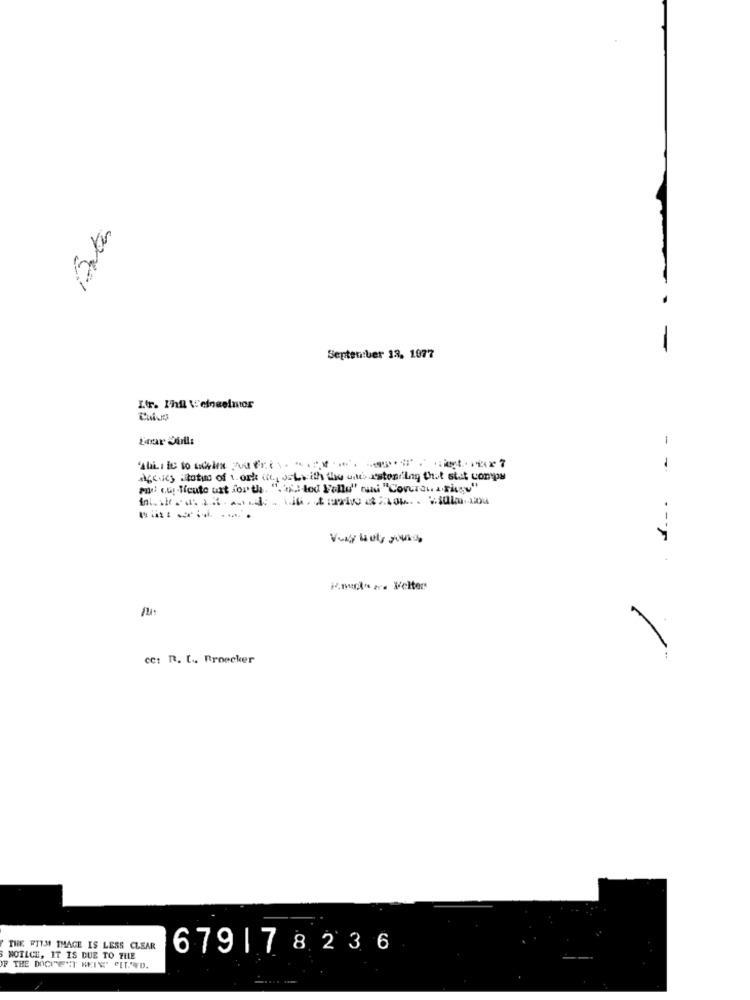
.
-
September 13, 1877
accies itotwo of work it, ostwith the caissestoning that stat compa
mu cuy -ficute uxt forth. ".il-lod Pollo" mini "Covrai a.figy"
-----
- - ---
ce: R. L ., Broecker
THE FTIM IMAGE IS LESS CLEAR
679|78236
MOTLCE, IT IS DUE TO THE
F THE DOCIE"T HEIT CIT. VD.